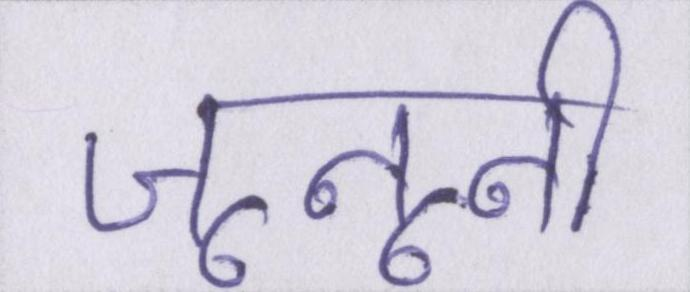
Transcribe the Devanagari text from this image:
जूनूनी